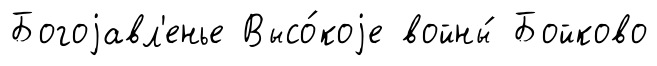
Богоjавл'енье Высо́коjе войны́ Бойково